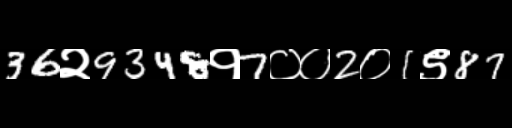
Text: 36२9348१7००2०1९87